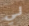
لي